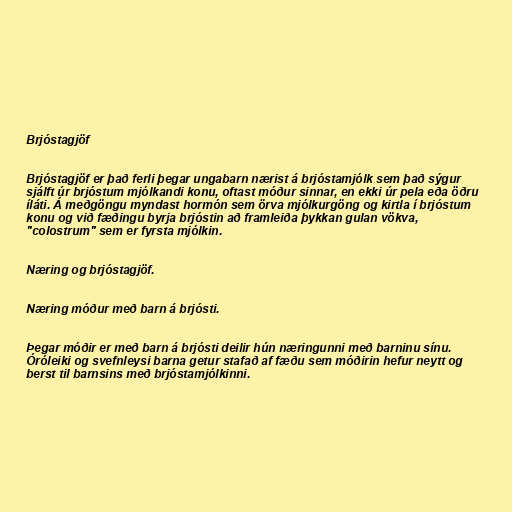
Brjóstagjöf

Brjóstagjöf er það ferli þegar ungabarn nærist á brjóstamjólk sem það sýgur
sjálft úr brjóstum mjólkandi konu, oftast móður sinnar, en ekki úr pela eða öðru
íláti. Á meðgöngu myndast hormón sem örva mjólkurgöng og kirtla í brjóstum
konu og við fæðingu byrja brjóstin að framleiða þykkan gulan vökva,
"colostrum" sem er fyrsta mjólkin.

Næring og brjóstagjöf.

Næring móður með barn á brjósti.

Þegar móðir er með barn á brjósti deilir hún næringunni með barninu sínu.
Óróleiki og svefnleysi barna getur stafað af fæðu sem móðirin hefur neytt og
berst til barnsins með brjóstamjólkinni.